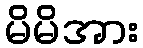
မိမိအား